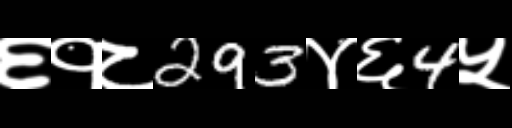
Text: ६१८293४६4५